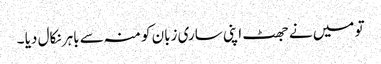
تو میں نے جھٹ اپنی ساری زبان کو منہ سے باہر نکال دیا ۔